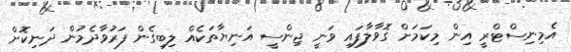
އެމިނިސްޓްރީ އިން މިކަމަށް ގޮވާލާފައި ވަނީ ޖިންސީ އަނިޔާތަކެއް ލިބިގެން ފަރުވާދެމުން ދަނިކޮށް